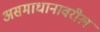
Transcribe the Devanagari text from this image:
असमाधानावरील